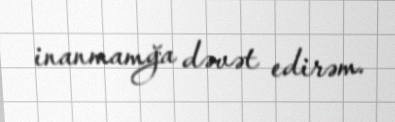
inanmamğa dəvət edirəm.